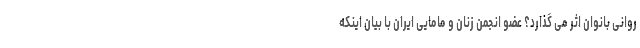
روانی بانوان اثر می گذارد؟ عضو انجمن زنان و مامایی ایران با بیان اینکه